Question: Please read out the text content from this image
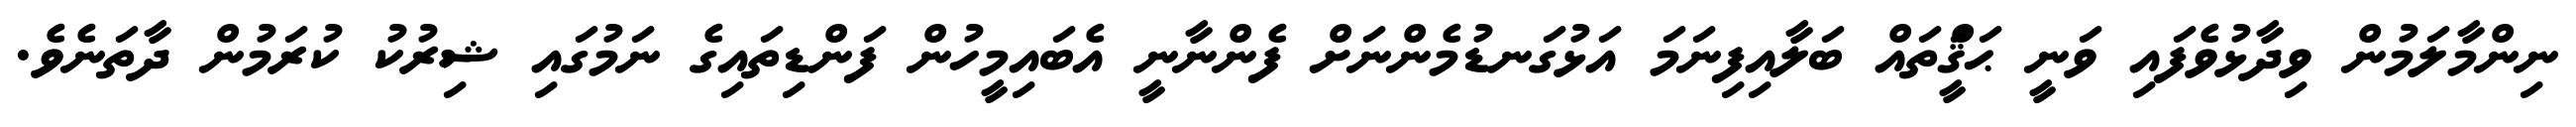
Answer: ނިންމާލަމުން ވިދާޅުވެފައި ވަނީ ޙަޤީްަތައް ބަލާއިފިނަމަ އަޅުގަނޑުމެންނަށް ފެންނާނީ އެބައިމީހުން ފަންޑިތައިގެ ނަމުގައި ޝިރުކު ކުރަމުން ދާތަނެވެ.